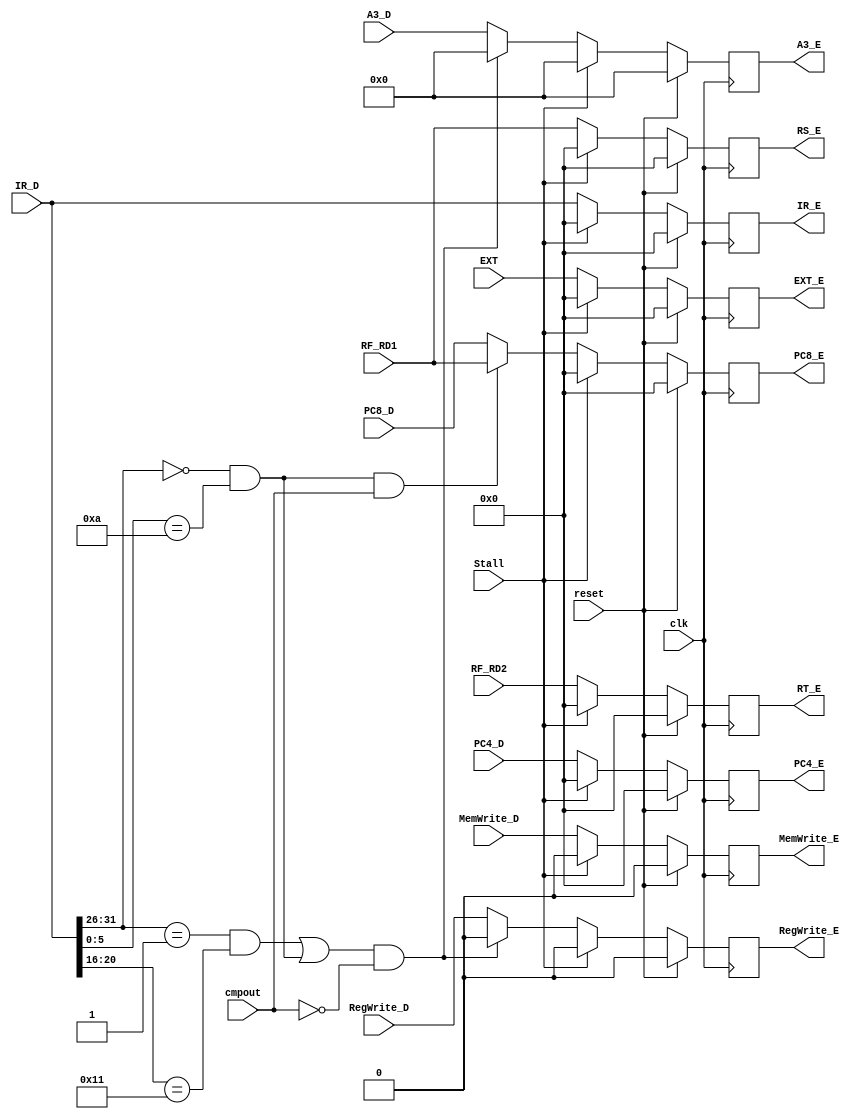
`timescale 1ns / 1ps
`define special 6'b000000
`define addu 	 6'b100001
`define subu    6'b100011
`define ori     6'b001101
`define lw      6'b100011
`define sw      6'b101011
`define beq     6'b000100
`define lui     6'b001111
`define nop     6'b000000
`define j       6'b000010
`define jal     6'b000011
`define jr      6'b001000
`define sll     6'b000000
`define jalr    6'b001001
`define lb      6'b100000
`define sb      6'b101000
`define regimm  6'b000001
`define bgezal  5'b10001
`define movz    6'b001010


//////////////////////////////////////////////////////////////////////////////////
// Company: 
// Engineer: 
// 
// Design Name: 
// Module Name:    E_pipe 
// Project Name: 
// Target Devices: 
// Tool versions: 
// Description: 
//
// Dependencies: 
//
// Revision: 
// Revision 0.01 - File Created
// Additional Comments: 
//
//////////////////////////////////////////////////////////////////////////////////
module E_pipe(
    input clk,
	 input reset,
    input [31:0] IR_D,
    input [31:0] PC4_D,
    input [31:0] PC8_D,
	 input [4:0] A3_D,
    input [31:0] RF_RD1,
    input [31:0] RF_RD2,
    input [31:0] EXT,
	 input RegWrite_D,
	 input MemWrite_D,
	 input cmpout,
	 input Stall,
    output reg [31:0] IR_E,
    output reg [31:0] PC4_E,
    output reg [31:0] PC8_E,
	 output reg [4:0] A3_E,
    output reg [31:0] RS_E,
    output reg [31:0] RT_E,
    output reg [31:0] EXT_E,
	 output reg RegWrite_E,
	 output reg MemWrite_E	 
    );
	 
	 initial begin
		IR_E <= 32'b0;
		PC4_E <= 32'b0;
		PC8_E <= 32'b0;
		A3_E <= 5'b0;
		RS_E <= 32'b0;
		RT_E <= 32'b0;
		EXT_E <= 32'b0;
		RegWrite_E <= 1'b0;
		MemWrite_E <= 1'b0;
	 end
	 
	 always @(posedge clk) begin
		if (reset) begin
			IR_E <= 32'b0;
			PC4_E <= 32'b0;
			PC8_E <= 32'b0;
			A3_E <= 5'b0;
			RS_E <= 32'b0;
			RT_E <= 32'b0;
			EXT_E <= 32'b0;
			RegWrite_E <= 1'b0;
			MemWrite_E <= 1'b0;
		end
		else if (Stall) begin
			IR_E <= 32'b0;
			PC4_E <= 32'b0;
			PC8_E <= 32'b0;
			A3_E <= 5'b0;
			RS_E <= 32'b0;
			RT_E <= 32'b0;
			EXT_E <= 32'b0;
			RegWrite_E <= 1'b0;
			MemWrite_E <= 1'b0;
		end
		else begin
			IR_E <= IR_D;
			PC4_E <= PC4_D;
			if(IR_D[31:26]==`special && IR_D[5:0]==`movz && cmpout==1)begin//movz
				PC8_E <= RF_RD1;
			end
			else PC8_E <= PC8_D;
			
			if(((IR_D[31:26]==`regimm && IR_D[20:16]==`bgezal)|| (IR_D[31:26]==`special && IR_D[5:0]==`movz)) && cmpout==0) begin
				A3_E <= 5'b0;
				RegWrite_E <= 1'b0;
			end
			else begin
				A3_E <= A3_D;
				RegWrite_E <= RegWrite_D;
			end
			
			RS_E <= RF_RD1;
			RT_E <= RF_RD2;
			EXT_E <= EXT;
			MemWrite_E <= MemWrite_D;
		end
	 end


endmodule